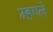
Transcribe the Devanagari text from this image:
म्हण्ले